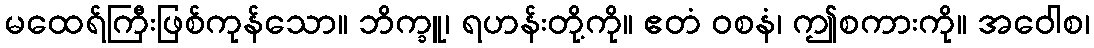
မထေရ်ကြီးဖြစ်ကုန်သော။ ဘိက္ခူ၊ ရဟန်းတို့ကို။ ဧတံ ဝစနံ၊ ဤစကားကို။ အဝေါစ၊